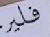
فلير